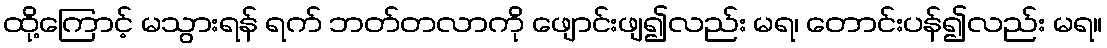
ထို့ကြောင့် မသွားရန် ရက် ဘတ်တလာကို ဖျောင်းဖျ၍လည်း မရ၊ တောင်းပန်၍လည်း မရ။